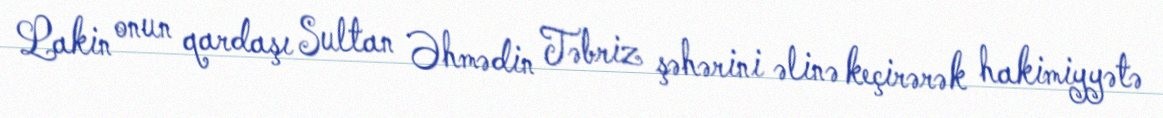
Lakin onun qardaşı Sultan Əhmədin Təbriz şəhərini əlinə keçirərək hakimiyyətə